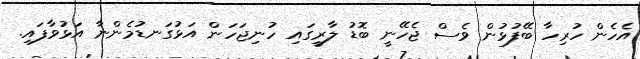
އެހެން ހުރިހާ ބޭފުޅުން ވެސް ޖެހޭނީ ބޮޑު ލާރީގައި ހުނިޖަހަން އަޅުގަނޑުމެންނާ އަޅުވާފައި.